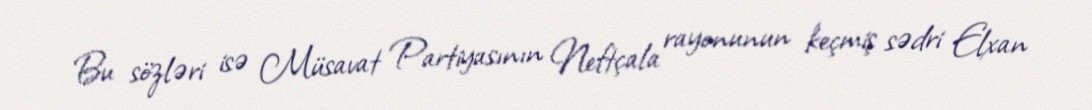
Bu sözləri isə Müsavat Partiyasının Neftçala rayonunun keçmiş sədri Elxan